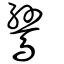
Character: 鷥